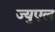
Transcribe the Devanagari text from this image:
ज्युएल